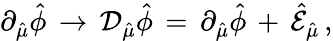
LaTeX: \partial_{\hat{\mu}}\hat{\phi}\, \rightarrow\, {\cal D}_{\hat{\mu}}\hat{\phi}\, =\, \partial_{\hat{\mu}}\hat{\phi}\, +\, \hat{\cal E}_{\hat{\mu}}\, ,